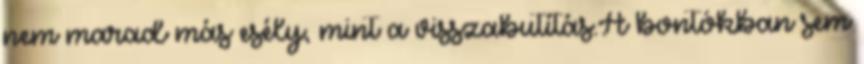
nem marad más esély, mint a visszabutítás.A bontókban sem